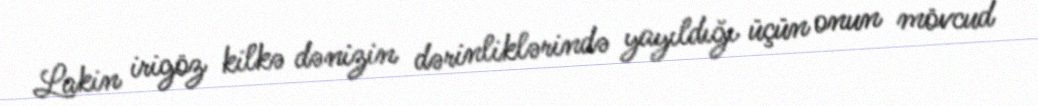
Lakin irigöz kilkə dənizin dərinliklərində yayıldığı üçün onun mövcud